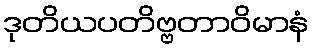
ဒုတိယပတိဗ္ဗတာဝိမာနံ